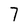
Character: 7